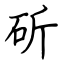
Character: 斫